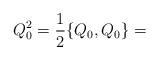
LaTeX: \begin{align*}Q_0^2=\frac{1}{2}\{Q_0,Q_0\}=\end{align*}